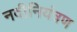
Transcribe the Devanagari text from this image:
नदीनियंत्रण